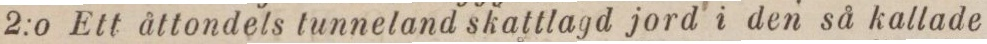
2:o Ett åttondels tunneland skattlagd jord i den så kallade